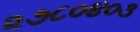
૨૭૮૦૪૦૩